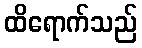
ထိရောက်သည်